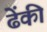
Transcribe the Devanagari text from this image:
ढेंकी